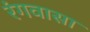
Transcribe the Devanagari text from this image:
रंगवासा